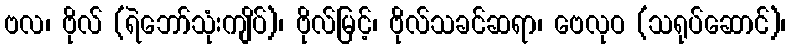
ဗလ၊ ဗိုလ် (ရဲဘော်သုံးကျိပ်)၊ ဗိုလ်မြင့်၊ ဗိုလ်သခင်ဆရာ၊ ဗေလုဝ (သရုပ်ဆောင်)၊